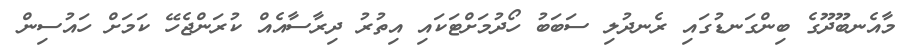
މާއެނބޫދޫގެ ބިންގަނޑުގައި ރެނދުލި ސަބަބު ހޯދުމަށްޓަކައި އިތުރު ދިރާސާއެއް ކުރަންޖެހޭ ކަމަށް ހައުސިން